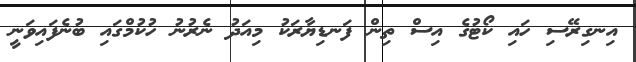
އިނގިރޭސި ހައި ކޯޓުގެ އިސް ތިން ފަނޑިޔާރަކު މިއަދު ނެރުނު ހުކުމްގައި ބުނެފައިވަނީ